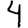
Digit: 4